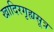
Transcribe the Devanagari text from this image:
खादिरगृह्यसूत्र